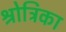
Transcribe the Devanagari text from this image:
श्रोत्रिका